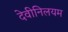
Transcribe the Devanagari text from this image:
देवीनिलयम